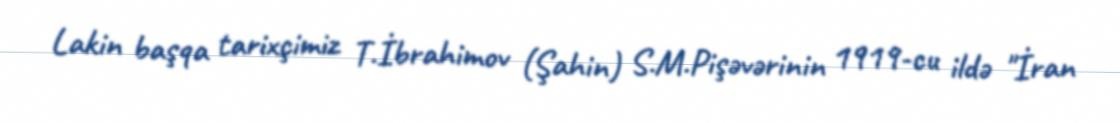
Lakin başqa tarixçimiz T.İbrahimov (Şahin) S.M.Pişəvərinin 1919-cu ildə "İran